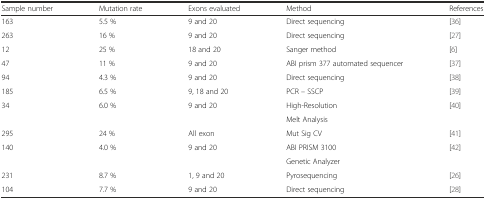
<table><thead><tr><td><b>Sample number</b></td><td><b>Mutation rate</b></td><td><b>Exons evaluated</b></td><td><b>Method</b></td><td><b>References</b></td></tr></thead><tbody><tr><td>163</td><td>5.5 %</td><td>9 and 20</td><td>Direct sequencing</td><td>[36]</td></tr><tr><td>263</td><td>16 %</td><td>9 and 20</td><td>Direct sequencing</td><td>[27]</td></tr><tr><td>12</td><td>25 %</td><td>18 and 20</td><td>Sanger method</td><td>[6]</td></tr><tr><td>47</td><td>11 %</td><td>9 and 20</td><td>ABI prism 377 automated sequencer</td><td>[37]</td></tr><tr><td>94</td><td>4.3 %</td><td>9 and 20</td><td>Direct sequencing</td><td>[38]</td></tr><tr><td>185</td><td>6.5 %</td><td>9, 18 and 20</td><td>PCR – SSCP</td><td>[39]</td></tr><tr><td rowspan="2">34</td><td rowspan="2">6.0 %</td><td rowspan="2">9 and 20</td><td>High-Resolution</td><td rowspan="2">[40]</td></tr><tr><td>Melt Analysis</td></tr><tr><td>295</td><td>24 %</td><td>All exon</td><td>Mut Sig CV</td><td>[41]</td></tr><tr><td rowspan="2">140</td><td rowspan="2">4.0 %</td><td rowspan="2">9 and 20</td><td>ABI PRISM 3100</td><td rowspan="2">[42]</td></tr><tr><td>Genetic Analyzer</td></tr><tr><td>231</td><td>8.7 %</td><td>1, 9 and 20</td><td>Pyrosequencing</td><td>[26]</td></tr><tr><td>104</td><td>7.7 %</td><td>9 and 20</td><td>Direct sequencing</td><td>[28]</td></tr></tbody></table>